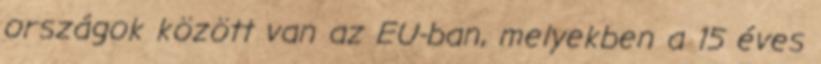
országok között van az EU-ban, melyekben a 15 éves